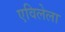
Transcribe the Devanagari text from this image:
एविलेला